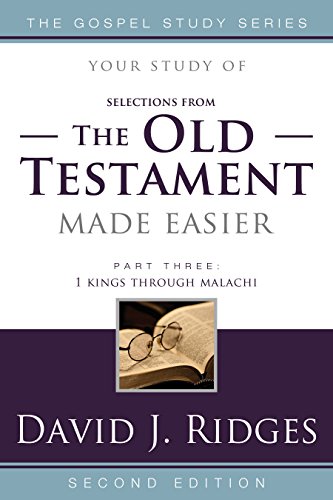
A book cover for (Selections from) The Old Testament Made Easier, Second Edition (Part 3) (Gospel Study); David J. Ridges; Christian Books & Bibles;